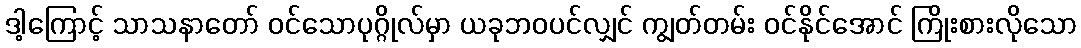
ဒါ့ကြောင့် သာသနာတော် ဝင်သောပုဂ္ဂိုလ်မှာ ယခုဘဝပင်လျှင် ကျွတ်တမ်း ဝင်နိုင်အောင် ကြိုးစားလိုသော